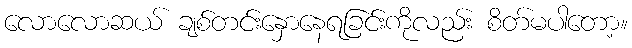
လောလောဆယ် ချစ်တင်းနှောနေရခြင်းကိုလည်း စိတ်မပါတော့။